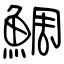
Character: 鯛